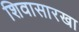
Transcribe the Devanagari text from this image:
शिवासारखा